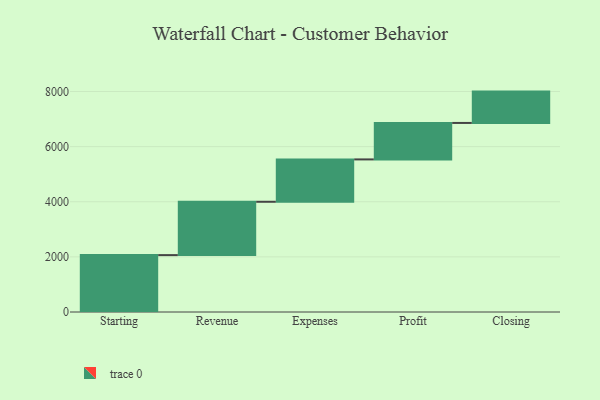
{"axis": {"x": "Step", "y": "Value"}, "legend": [""], "data": [{"x": "Starting", "y": 2064.0, "type": ""}, {"x": "Revenue", "y": 1935.0, "type": ""}, {"x": "Expenses", "y": 1537.0, "type": ""}, {"x": "Profit", "y": 1323.0, "type": ""}, {"x": "Closing", "y": 1137.0, "type": ""}]}